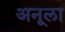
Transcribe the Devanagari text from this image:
अनूला